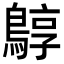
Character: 𪂎